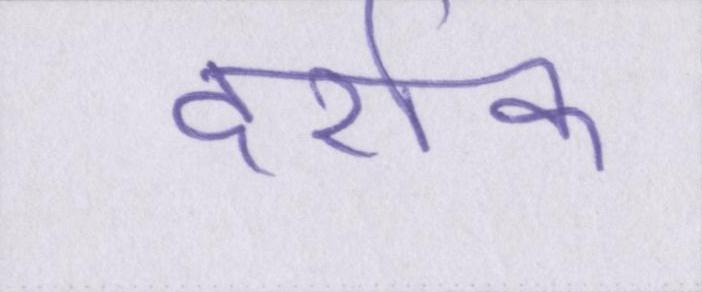
दर्शक